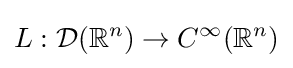
L:{\mathcal {D}}(\mathbb {R} ^{n})\to C^{\infty }(\mathbb {R} ^{n})